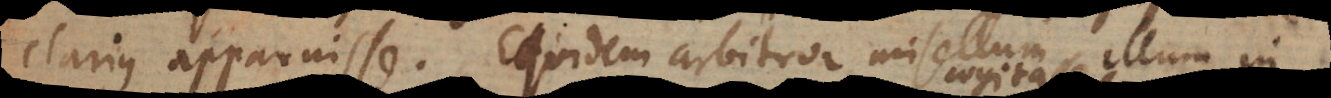
clarius apparuisse. Equidem arbitror misellum illum in